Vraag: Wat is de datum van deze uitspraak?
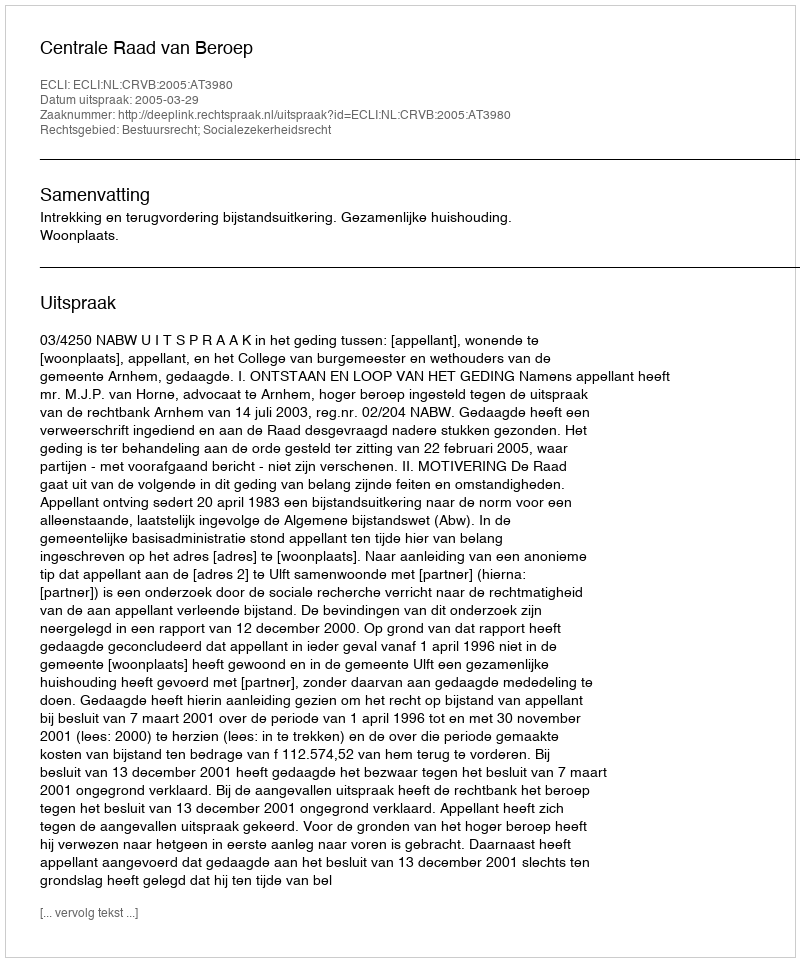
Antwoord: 2005-03-29